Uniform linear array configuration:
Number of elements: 8
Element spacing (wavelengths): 0.5
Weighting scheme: hann
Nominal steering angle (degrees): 60
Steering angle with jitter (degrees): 58.641
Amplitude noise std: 0.05
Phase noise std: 0.05

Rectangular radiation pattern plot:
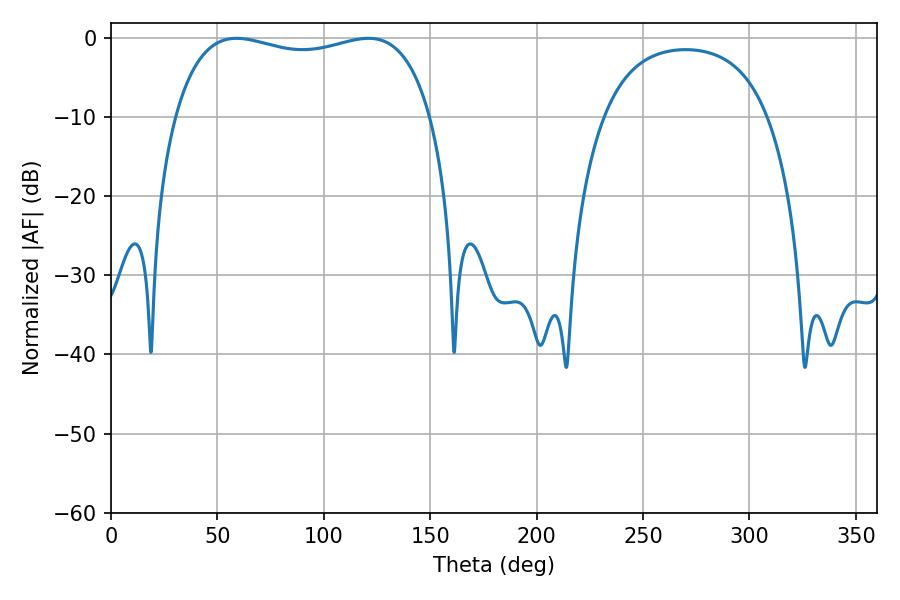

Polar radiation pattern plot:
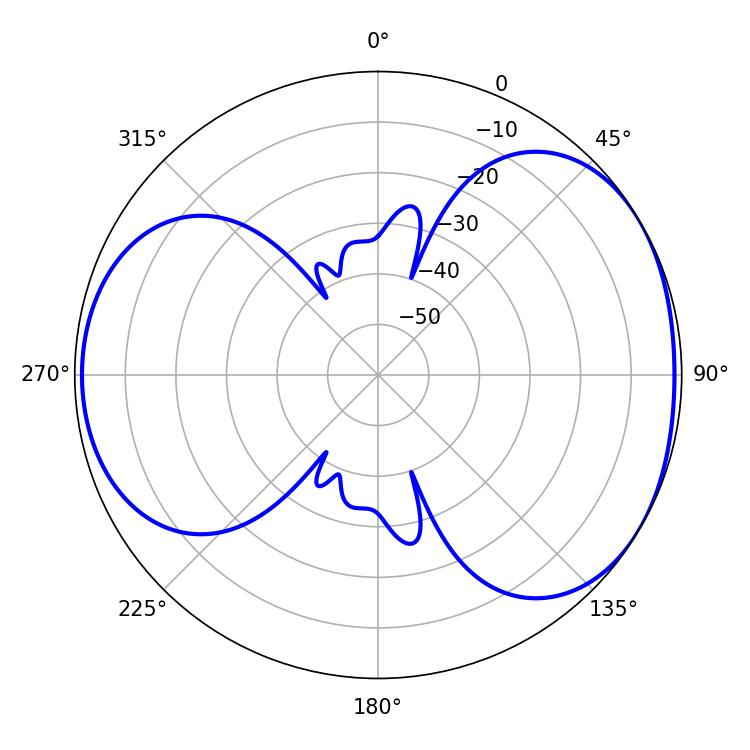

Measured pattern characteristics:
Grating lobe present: FALSE
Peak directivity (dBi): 4.466
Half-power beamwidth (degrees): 98.28
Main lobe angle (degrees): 59.04